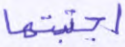
اجتبيتها